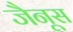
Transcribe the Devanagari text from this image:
जैनूस